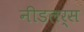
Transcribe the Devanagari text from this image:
नीडलर्स